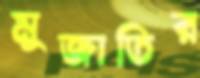
মুজাতির